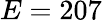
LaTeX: E=207